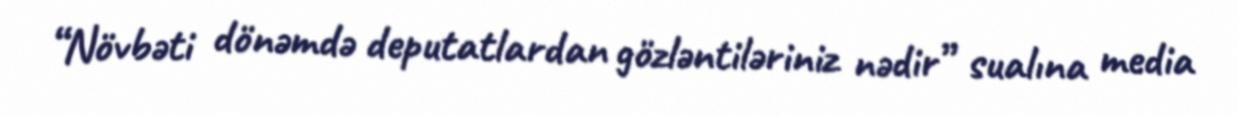
“Növbəti dönəmdə deputatlardan gözləntiləriniz nədir” sualına media